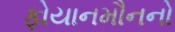
ફોયાનમૌનનો